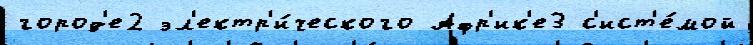
город'е2 эл'ектр'и́ческого Афр'ик'е3 с'ист'е́мой